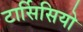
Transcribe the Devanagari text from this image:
टार्सिसियो